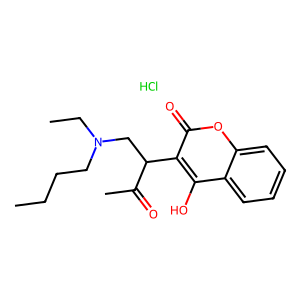
SMILES: CCCCN(CC)CC(C(C)=O)c1c(O)c2ccccc2oc1=O.Cl
Inhibits HIV replication: No